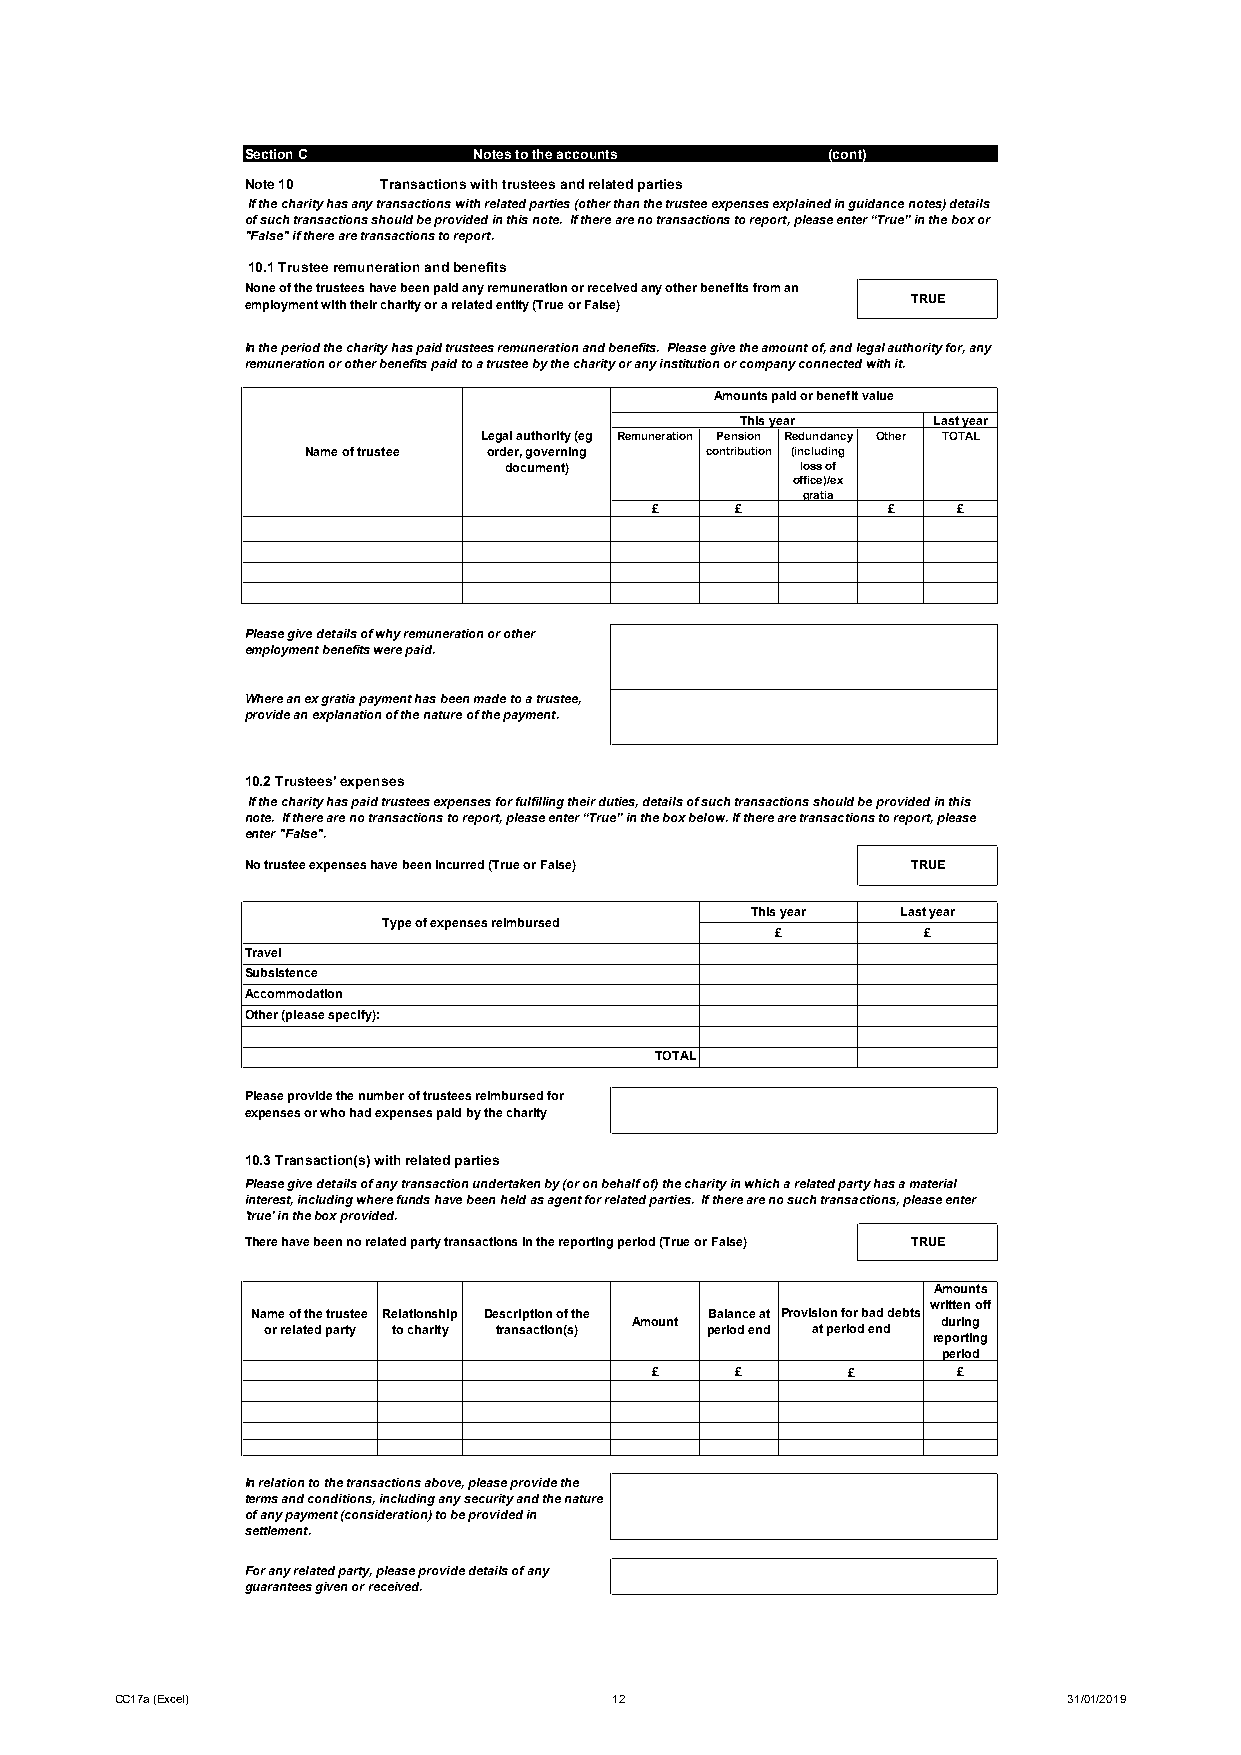
Section C      Notes to the accounts   (cont)
 Note 10  Transactions with trustees and related parties
 If the charity has any transactions with related parties (other than the trustee expenses explained in guidance notes) details
 of such transactions should be provided in this note. If there are no transactions to report, please enter “True” in the box or
 "False" if there are transactions to report.
 10.1 Trustee remuneration and benefits
 None of the trustees have been paid any remuneration or received any other benefits from an
 employment with their charity or a related entity (True or False) TRUE
 In the period the charity has paid trustees remuneration and benefits. Please give the amount of, and legal authority for, any
 remuneration or other benefits paid to a trustee by the charity or any institution or company connected with it.
 Amounts paid or benefit value
 This year    Last year
 Legal authority (eg Remuneration Pension Redundancy Other TOTAL
 Name of trustee order, governing contribution (including
 document)           loss of
 office)/ex
 gratia
 £     £         £   £
 Please give details of why remuneration or other
 employment benefits were paid.
 Where an ex gratia payment has been made to a trustee,
 provide an explanation of the nature of the payment.
 10.2 Trustees' expenses
 If the charity has paid trustees expenses for fulfilling their duties, details of such transactions should be provided in this
 note. If there are no transactions to report, please enter “True” in the box below. If there are transactions to report, please
 enter "False".
 No trustee expenses have been incurred (True or False) TRUE
 This year Last year
 Type of expenses reimbursed
 £         £
 Travel
 Subsistence
 Accommodation
 Other (please specify):
 TOTAL
 Please provide the number of trustees reimbursed for
 expenses or who had expenses paid by the charity
 10.3 Transaction(s) with related parties
 Please give details of any transaction undertaken by (or on behalf of) the charity in which a related party has a material
 interest, including where funds have been held as agent for related parties. If there are no such transactions, please enter
 'true' in the box provided.
 There have been no related party transactions in the reporting period (True or False) TRUE
 Amounts
 written off
 Name of the trustee Relationship Description of the Balance at Provision for bad debts
 Amount              during
 or related party to charity transaction(s) period end at period end
 reporting
 period
 £     £      £      £
 In relation to the transactions above, please provide the
 terms and conditions, including any security and the nature
 of any payment (consideration) to be provided in
 settlement.
 For any related party, please provide details of any
 guarantees given or received.
 CC17a (Excel)                    12                            31/01/2019